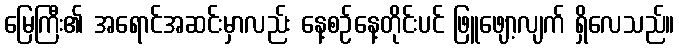
မြေကြီး၏ အရောင်အဆင်းမှာလည်း နေ့စဉ်နေ့တိုင်းပင် ဖြူဖျော့လျက် ရှိလေသည်။